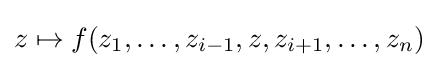
z\mapsto f(z_{1},\dots ,z_{i-1},z,z_{i+1},\dots ,z_{n})